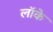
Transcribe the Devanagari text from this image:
लाॅके